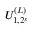
U _ { 1 , 2 ^ { s } } ^ { ( L ) }